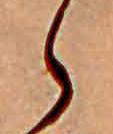
ら